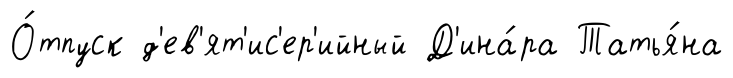
О́тпуск д'ев'ят'ис'ер'ийный Д'ина́ра Татья́на